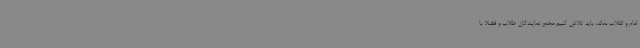
امام و انقلاب بماند، باید تلاش کنیم مجمع نمایندگان طلاب و فضلا با